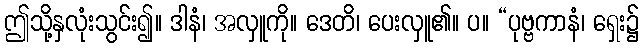
ဤသို့နှလုံးသွင်း၍။ ဒါနံ၊ အလှူကို။ ဒေတိ၊ ပေးလှူ၏။ ပ။ “ပုဗ္ဗကာနံ၊ ရှေး၌